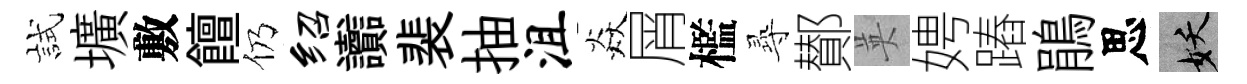
試壙敷饘仍绍讟裴抽沮焱屑檻𡬶鄼英娉蹖鵑思妖